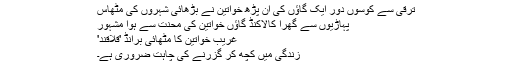
ترقی سے کوسوں دور ایک گاؤں کی ان پڑھ خواتین نے بڑھائی شہروں کی مٹھاس
پہاڑیوں سے گھرا كالاكنڈ گاؤں خواتین کی محنت سے ہوا مشہور
غریب خواتین کا مٹھائی برانڈ 'قلاقند'
زندگی میں کچھ کر گزرنے کی چاہت ضروری ہے۔